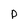
Character: p